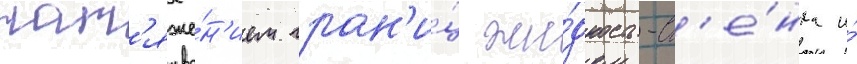
нат'яже́н'ием гран'и́ц жи́дкость-ст'е́нка и́